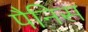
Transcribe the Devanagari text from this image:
पैनिस